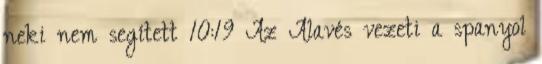
neki nem segített 10:19 Az Alavés vezeti a spanyol